Vital statistics of India. Vol. IV, Annual returns from 1871 to 1876. British Army of India, Native Army and jails of Bengal
Year: 1871
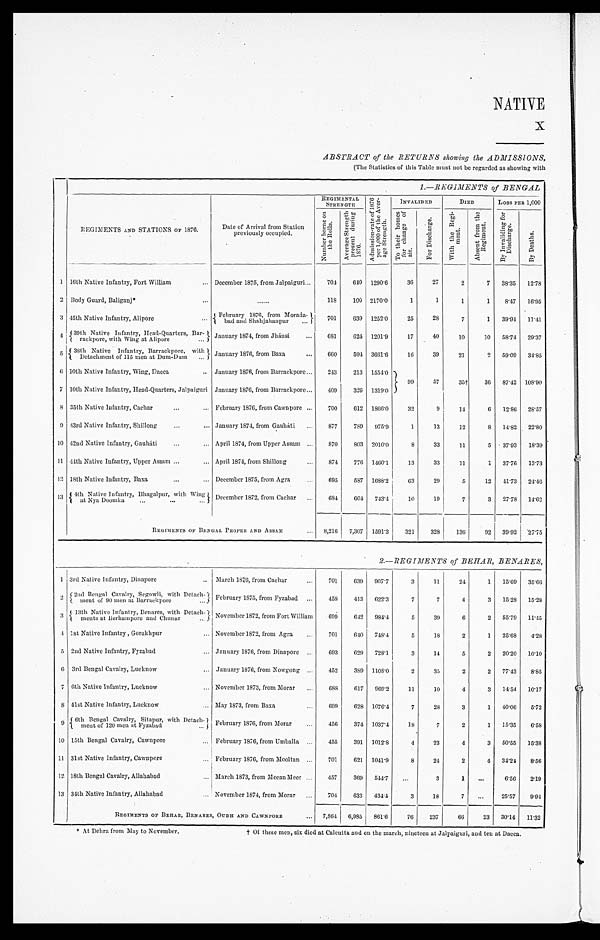
NATIVE
ABSTRACT of the RETURNS showing the ADMISSIONS,
(The Statistics of this Table must not be regarded as showing with
1.—REGIMENTS of BENGAL
REGIMENTS AND STATIONS OF 1876. Date of Arrival from Station
pr e vi ous l y oc c upi e d.
REGIMENTAL STRENGTH
A d m i s s i o n - r a t e o f 1 8 7 6
p e r 1 , 0 0 0 o f t h e A v e r -
a g e S t r e n g t h .
INVALIDED
DIED
LOSS PER 1,000
N u m b e r b o r n e o n
t h e R o l l s .
A v e r a g e S t r e n g t h
p r e s e n t d u r i n g
1876.
T o t h e i r h o me s
f o r c h a n g e o f
air.
F o r D i s c h a r g e .
W i t h t h e R e g i -
me n t .
A b s e n t f r o m t h e
R e g i m e n t .
B y I n v a l i d i n g f o r
D i s c h a r g e .
B y D e a t h s .
1 16fyth Native Infantry, Fort William
December 1875, from Jalpaiguri
704 640 1290.6 36
27
2
7 38.35 12.78
2 Body Guard, Baliganj*
118 100 2170.0
1
1
1
1 8.47 16.95
3 45th Native Infantry, Alipore
February 1876 from Morada-
bad and shahjahanpur 701 639 1252.0 25 28
7
1 39.94 11. 41
4 39th Native Infantry, Head-Quarters, Bar-
rackpore, with Wing at Alipore January 1874, from Jhánsi
681 624 1201.9 17 40 10 10 58.74 29.37
5 38th Native Infantry, Barrackpore, with
Detachment of 115 men at Dum-Dum
January 1876, from Baxa
660 594 3661.6 16 39 21
2 59.09 34.85
6 10th Native Infantry, Wing, Dacca
January 1876, from Barrackpore
243 213 1554.0 99 57 35† 36 87.42 108.90
7 10th Native Infantry, Head-Quarters, Jalpaiguri January 1876, from Barrackpore
409 326 1319.0
8 35th Native Infantry, Cachar
February 1876, from Cawnpore
700 612 1866.0 32
9 14
6 12.86 28.57
9 43rd Native Infantry, Shillong January 1874, from Gauháti
877 789 975.9
1 13 12
8 14.82 22.80
10 42nd Native Infantry, Gauháti
April 1874, from Upper Assam
870 803 2010.0
8 33 11
5 37.93 18.39
11 44th Native Infantry, Upper Assam April 1874, from Shillong 874 776 1460.1 13 33 11
1 37.76 13.73
1 2 18th Native Infantry, Baxa
December 1875, from Agra
695 587 1688.2 63 29
5 12 41.73 24.46
1 3 4th Native Infantry, Bhagalpur, with Wing a t N y a D o o m k a December 1872, from Cachar
684 604 743.4 10 19
7
3 27.78 14.62
REGIMENTS or BENGAL PROPER AND ASSAM
8,216 7,307 1591.3 321 328 136 92 39.92 27.75
2.—REGIMENTS of BEHAR, BENARES,
1 3rd Native Infantry, Dinapore
March 1876, from Cachar 701 639 907.7
3 11 24
1 15.69 3 5 . 6 6
2 2nd Bengal Cavalry, Segowli, with Detach-
meet of 90 men at Barrackpore
February 1875, from Fyzabad
458 413 622.3
7
7
4
3 15.28 1 5 . 2 8
3 13th Native Infantry, Benares, with Detach-
ments at Berhampore and Chunar November 1872, from Fort William 699 642 984.4
5 39
6
2 55.79 1 1 . 4 5
4 1st Native Infantry, Gorakhpur
November 1872, from Agra
701 640 748.4
5 18
2
1 25.68 4 . 2 8
5 2nd Native Infantry, Fyzabad
January 1876, from Dinapore
693 629 728.1
3 14
5
2 20.20 10. 10
6 3rd Bengal Cavalry, Lucknow
January 1876, from Nowgong
452 389 1108.0 2 35
2
2 77.43 8 . 8 5
7 6th Native Infantry, Lucknow
November 1873, from Morar 688 617 969.2 11 10
4
3 14.54 1 0 . 1 7
8 41st Native Infantry, Lucknow
May 1873, from Baxa
699 628 1076.4
7 28
3
1 40.06 5 . 7 2
9 6th Bengal Cavalry, Sitapur, with Detach-
ment of 120 men at Fyzabad
February 1876, from Morar
456 374 1037.4 18
7
2
1 15.35 6 . 5 8
10 15th Bengal Cavalry, Cawnpore
February 1876, from Umballa
455 391 1012.8
4 23
4
3 50.55 1 5 . 3 8
11 31st Native Infantry, Cawnpore
February 1876, from Mooltan
701 621 1041.9
8 24
2
4 34.24 8 . 5 6
1 2 18th Bengal Cavalry, Allahabad
March 1873, from Meean Meer
457 369 544.7
3
1
6.56 2 . 1 9
13 34th Native Infantry, Allahabad
November 1874, from Morar
704 633 434.4
3 18
7
25.57 9 . 9 4
REGIMENTS OF BEHAR, BENARES, OUDH AND CAWNPORE 7,864 6,985 861.6 76 237 66 23 30.14 1 1 . 3 2
* At Dehr a f r om May t o November .
† O f t h e s e m e n , s i x d i e d a t C a l c u t t a a n d o n t h e m a r c h , n i n e t e e n a t J a l p a i g u r i , a n d t e n a t D a c c a .